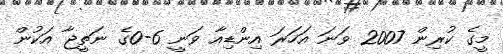
މީގެ ކުރިން 2007 ވަނަ އަހަރަ އިންޑިއާ ވަނީ 6-0ގެ ނަތީޖާ އަކުން